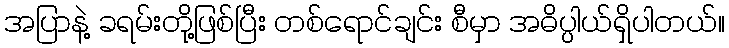
အပြာနဲ့ ခရမ်းတို့ဖြစ်ပြီး တစ်ရောင်ချင်း စီမှာ အဓိပ္ပါယ်ရှိပါတယ်။